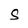
Character: S